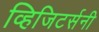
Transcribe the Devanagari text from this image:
व्हिजिटर्सनी